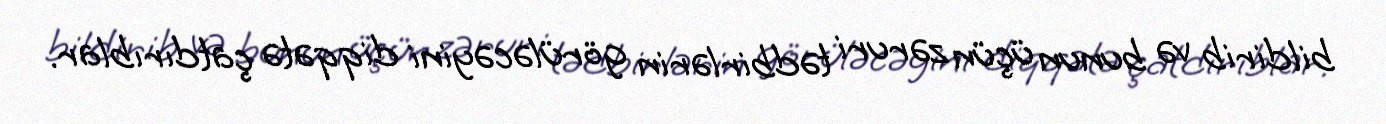
bildirib və bunun üçün zəruri tədbirlərin görüləcəyini diqqətə çatdırıblar.